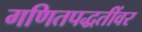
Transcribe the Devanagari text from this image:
गणितपद्धतींवर